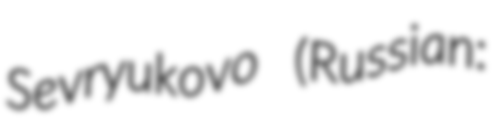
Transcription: Sevryukovo (Russian: